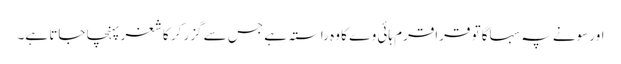
اور سونے پہ سہاگا تو قراقرم ہائی وے کا وہ راستہ ہے جس سے گزر کر کاشغر پہنچا جاتا ہے۔